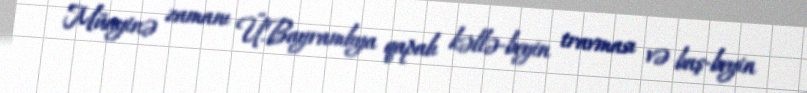
Müayinə zamanı Ü.Bayramlıya qapalı kəllə-beyin travması və baş-beyin